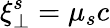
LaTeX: \xi_{\perp}^{s}=\mu_{s}c